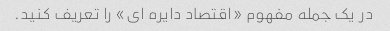
در یک جمله مفهوم «اقتصاد دایره ای» را تعریف کنید.